Virumaa_algkoolid, lk 7
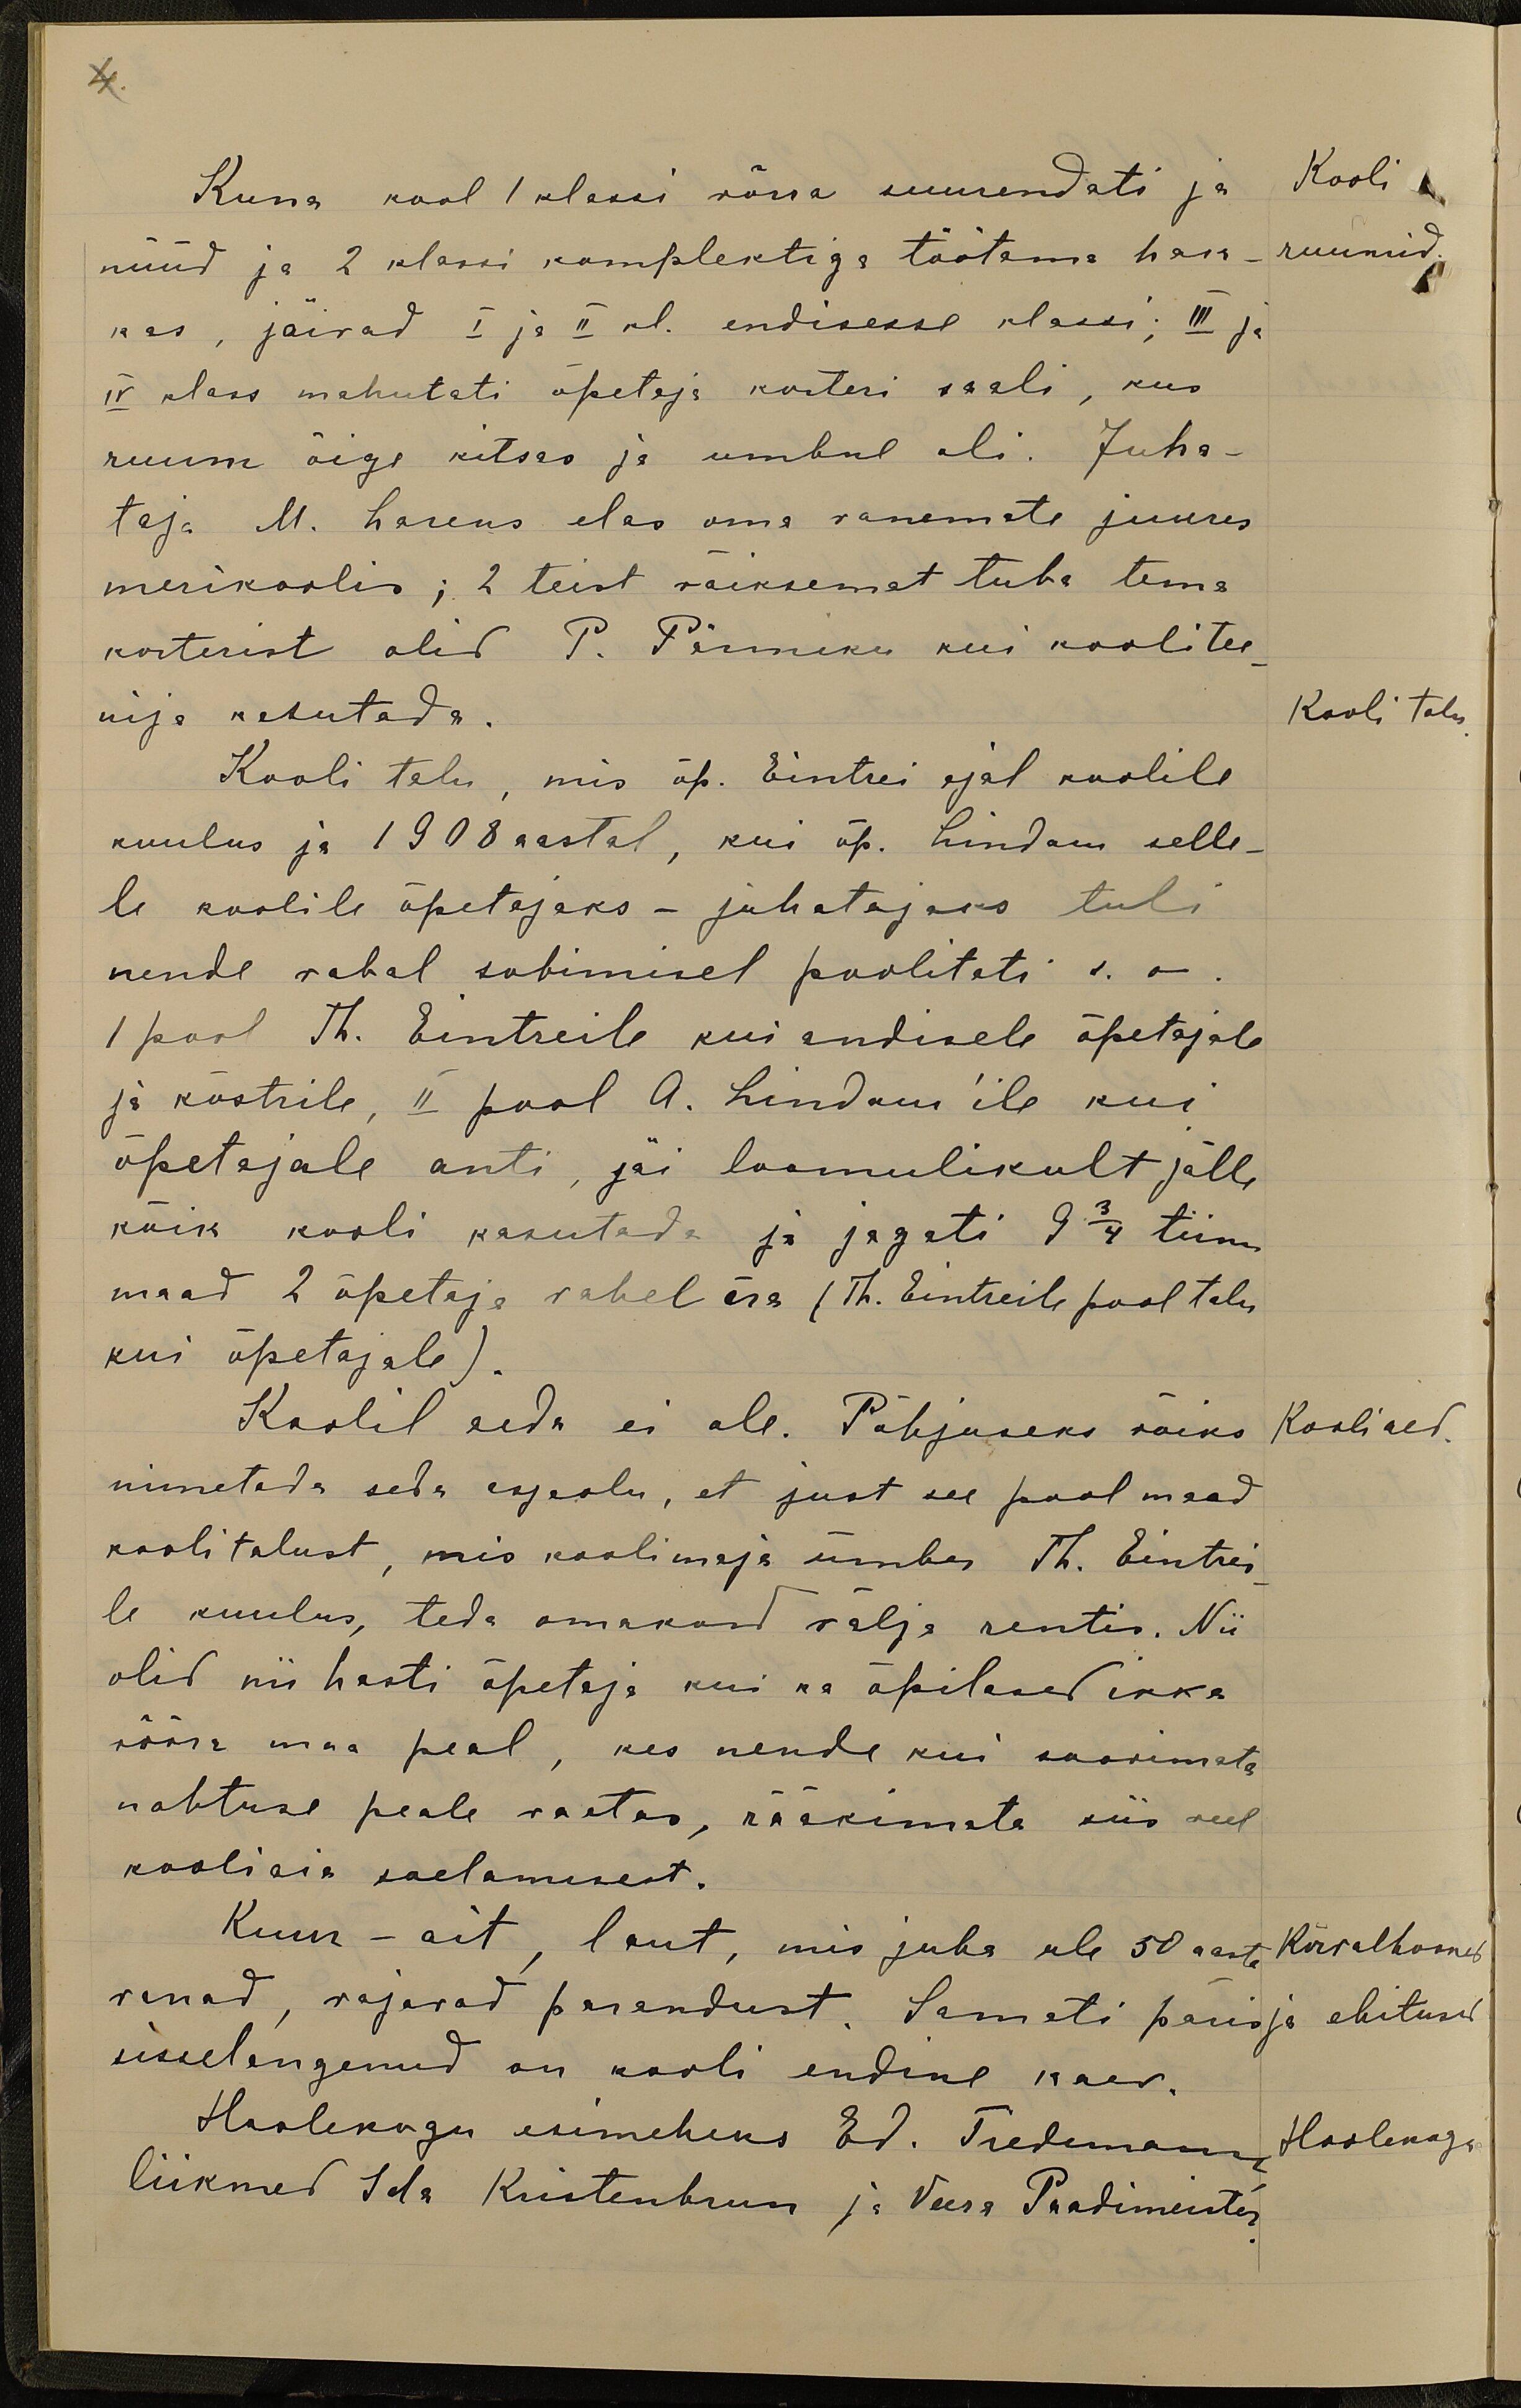
4.
Kuna kool 1 klassi võrra suurendati ja
Kooli
nüüd ja 2 klassi komplektiga töötama hak-
ruumid.
kas, jäivad I ja II kl. endisesse klassi; III ja
IV klass mahutati õpetaja korteri saali, kus
ruum õige kitsas ja umbul oli. Juha-
taja M. Larens elas oma vanemate juures
merikoolis; 2 teist väiksemat tuba tema
korterist olid P. Pärniku kui koolitee
nija kasutada.
Kooli talu.
Kooli talu, mis õp. Eintrei ajal koolile
kuulus ja 1908 aastal, kui õp. Lindam selle-
le koolile õpetajaks - juhatajaks tuli
nende vabal sobimisel poolitati s.o.
1 pool Th. Eintreile kui endisele õpetajale
ja köstrile, II pool A. Lindam'ile kui
õpetajale anti, jäi loomulikult jälle
kõik kooli kasutada ja jagati 9 3/4 tiinu
maad 2 õpetaja vahel ära (Th. Eintreile pool talu
kui õpetajale)
Koolil aeda ei ole. Põhjuseks wõiks
Kooliaed
nimetada seda asjaolu, et just see pool maad
koolitalust, mis koolimaja ümber Th. Eintrei-
le kuulus, teda omakord välja rentis. Nii
olid nii hästi õpetaja kui ka õpilased ikka
võõra maa peal, kes nende kui soovimata
nähtuse peale vaatas, rääkimata siis veel
kooliaia saelamisest.
Kuur - ait, laut, mis juba üle 50 aasta
Kõrvalhooned
vanad, vajavad parandust. Samati päris
ja ehitused
sisselangenud on kooli endine kaev.
Hoolekogu esimeheks Ed. Tiedemann
Hoolekogu
liikmed Ida Kristenbrun ja Veera Paadimeister